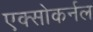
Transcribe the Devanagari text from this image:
एक्सोकर्नल